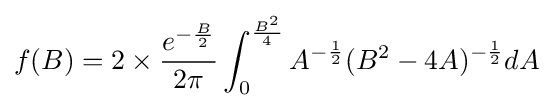
f(B)=2\times {\frac {e^{-{\frac {B}{2}}}}{2\pi }}\int _{0}^{\frac {B^{2}}{4}}A^{-{\frac {1}{2}}}(B^{2}-4A)^{-{\frac {1}{2}}}dA